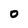
Character: 0